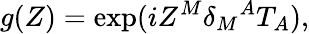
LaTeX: g(Z)=\exp(iZ^{M}\delta_{M}{}^{A}T_{A}),